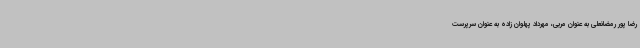
رضا پور رمضانعلی به عنوان مربی، مهرداد پهلوان زاده به عنوان سرپرست